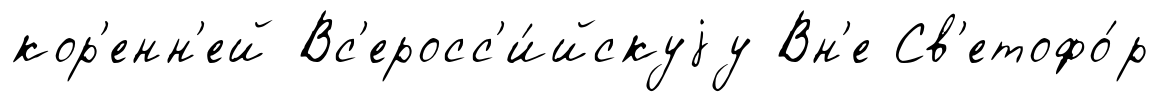
кор'енн'ей Вс'еросс'и́йскуjу Вн'е Св'етофо́р